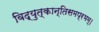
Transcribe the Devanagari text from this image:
विद्युत्कान्तिसमप्रभम्।